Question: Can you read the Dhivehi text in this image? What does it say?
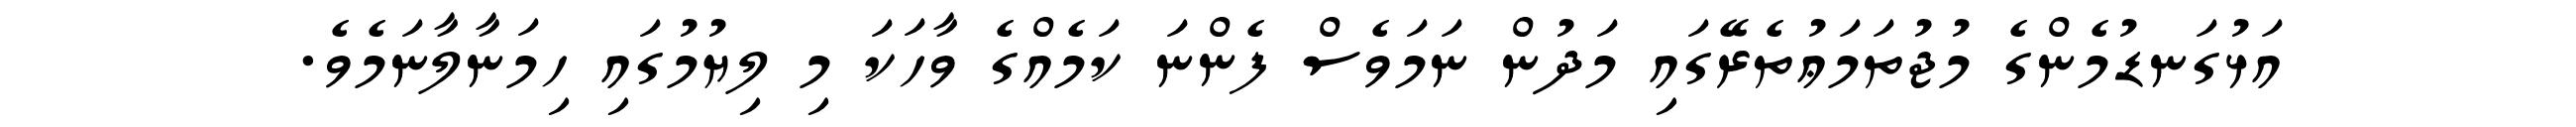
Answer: އަޅުގަނޑުމެންގެ މުޖުތަމަޢުތެރޭގައި މަދުން ނަމަވެސް ފެންނަ ކަމެއްގެ ވާހަކަ މި ލިޔުމުގައި ހިމަނާލާނަމެވެ.